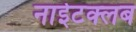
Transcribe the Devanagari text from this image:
नाईटक्लब